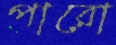
পারো